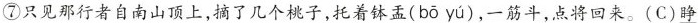
⑦只见那行者自南山顶上，摘了几个桃子，托着钵盂( bō yú)，一筋斗，点将回来。(C)\underline{睁}